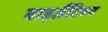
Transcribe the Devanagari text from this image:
बाइज़ैंटियम